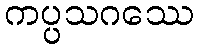
ကပ္ပသဂဿေ